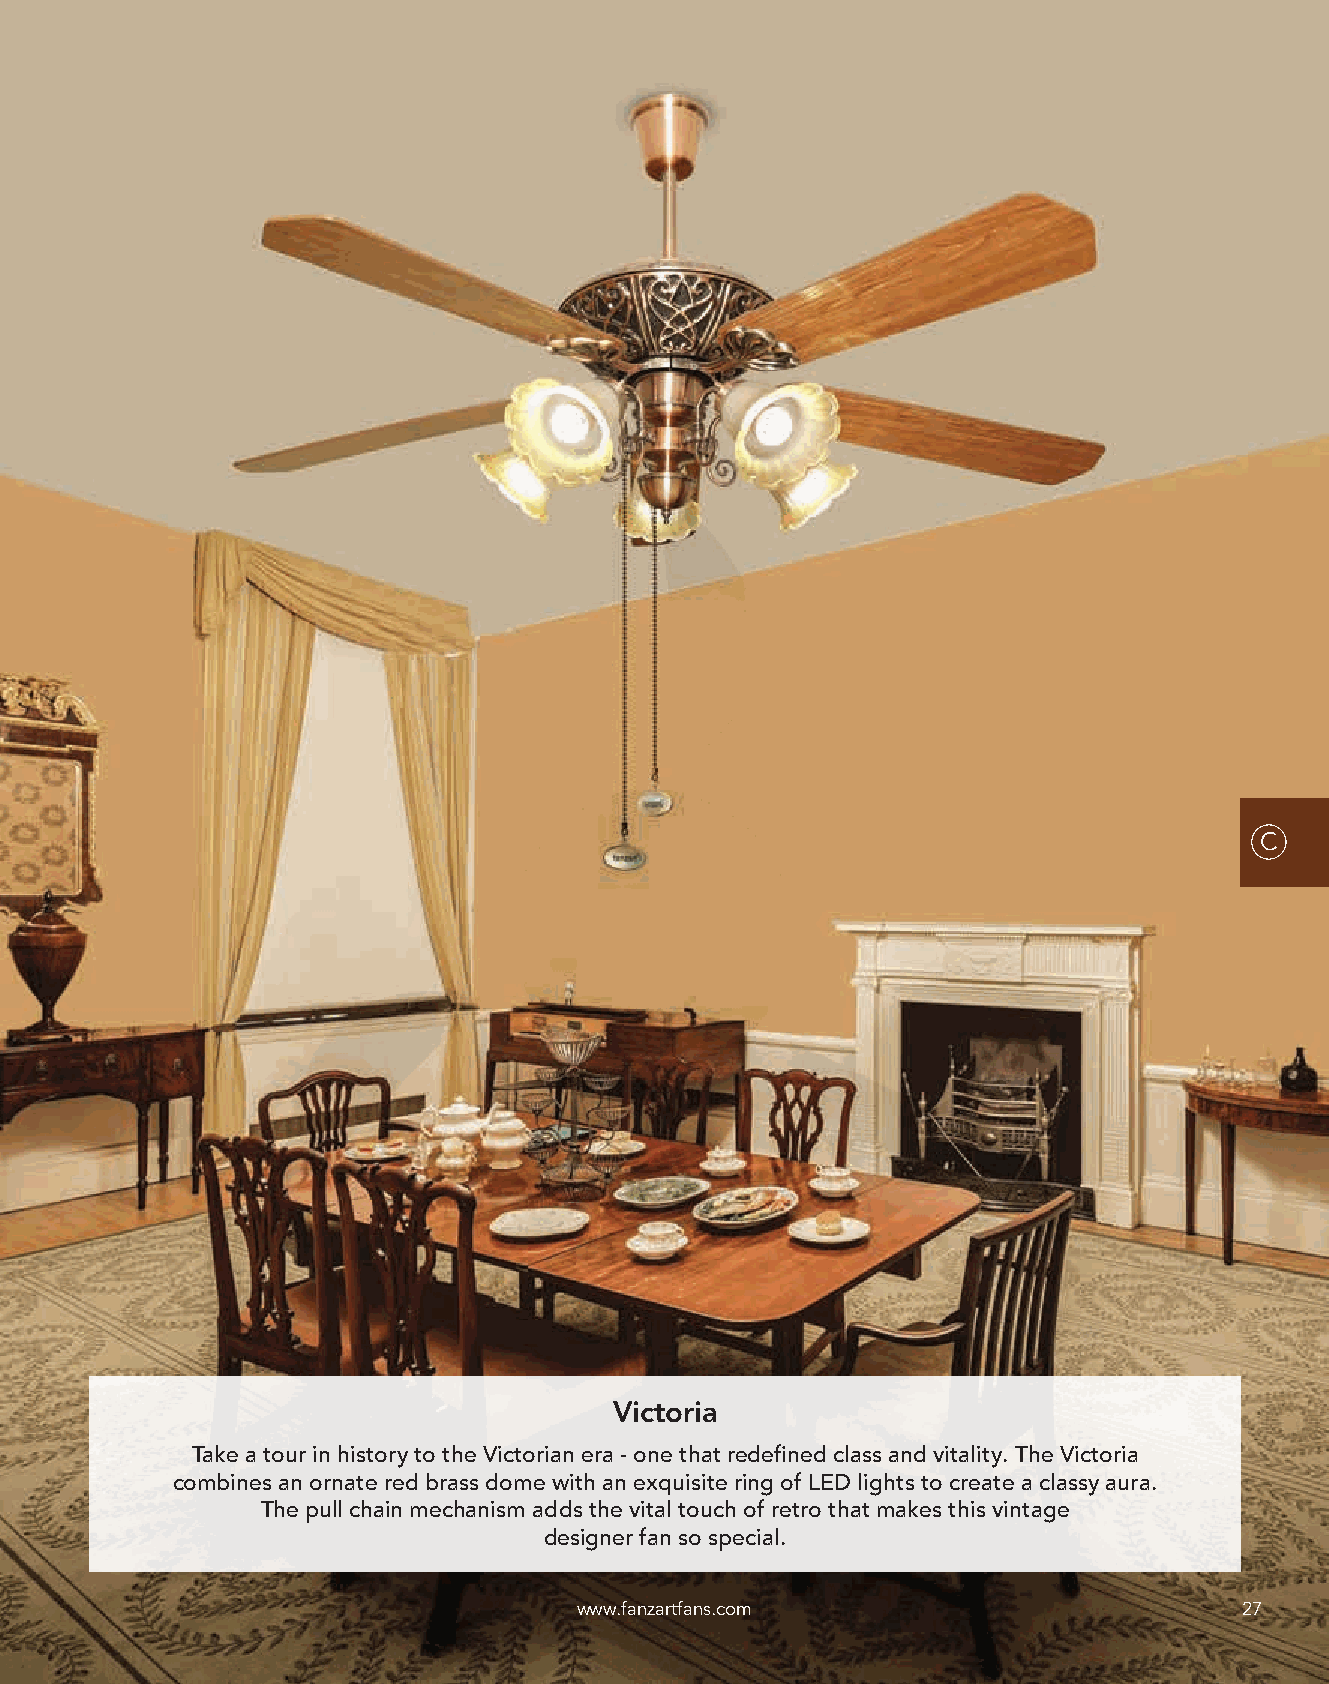
C
 Victoria
 Take a tour in history to the Victorian era - one that redefined class and vitality. The Victoria
 combines an ornate red brass dome with an exquisite ring of LED lights to create a classy aura.
 The pull chain mechanism adds the vital touch of retro that makes this vintage
 designer fan so special.
 www.fanzartfans.com                         27